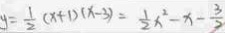
y = \frac { 1 } { 2 } ( x + 1 ) ( x - 3 ) = \frac { 1 } { 2 } x ^ { 2 } - x - \frac { 3 } { 2 }